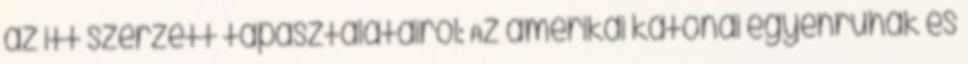
az itt szerzett tapasztalatairól: Az amerikai katonai egyenruhák és